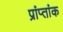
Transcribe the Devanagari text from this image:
प्रांप्तांक